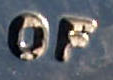
OF